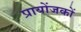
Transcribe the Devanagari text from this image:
प्रायोंजकों